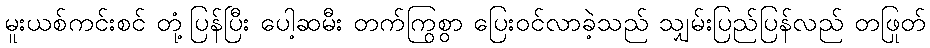
မူးယစ်ကင်းစင် တုံ့ပြန်ပြီး ပေါ့ဆမီး တက်ကြွစွာ ပြေးဝင်လာခဲ့သည် သျှမ်းပြည်ပြန်လည် တဖြုတ်